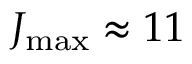
J _ { \operatorname* { m a x } } \approx 1 1